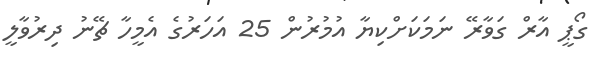
ގޯޕީ އާރް ގަވާރޭ ނަމަކަށްކިޔާ އުމުރުން 25 އަހަރުގެ އެމީހާ ޗޭނު ދިރުވާލީ